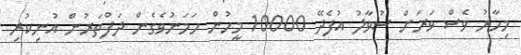
މިހާރު ވެސް ވަރަށް ސުވާލު އުފެދޭ 10000 މީހުން ހަމަނުވެގެން ދަފްތަރުން އުނިކުރި